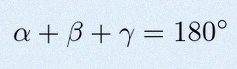
\alpha+\beta+\gamma=180^\circ